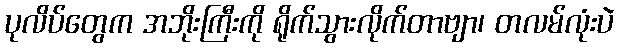
ပုလိပ်တွေက အဘိုးကြီးကို ရိုက်သွားလိုက်တာဗျာ၊ တလမ်လုံးပဲ